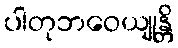
ပါတုဘဝေယျုန္တိ